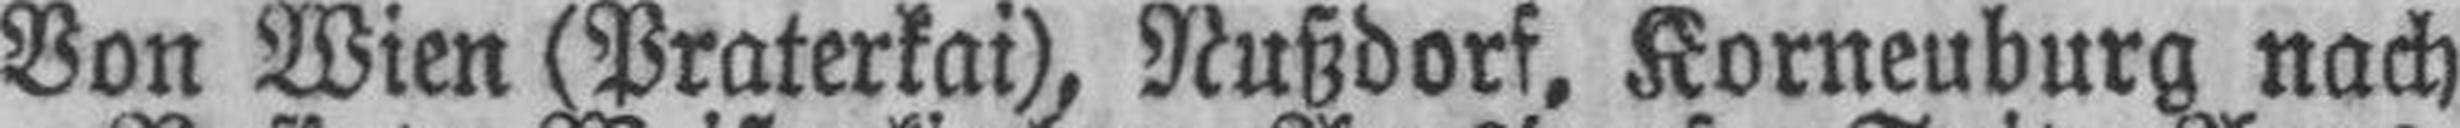
Von Wien (Praterkai), Nußdorf, Korneuburg nach